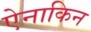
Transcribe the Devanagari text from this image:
ऐनाकिन